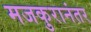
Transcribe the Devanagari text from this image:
मजकुरानंतर